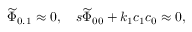
{ \widetilde \Phi } _ { 0 . 1 } \approx 0 , \quad s { \widetilde \Phi } _ { 0 0 } + k _ { 1 } c _ { 1 } c _ { 0 } \approx 0 ,